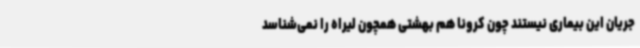
جریان این بیماری نیستند چون کرونا هم بهشتی همچون لیراه را نمی‌شناسد